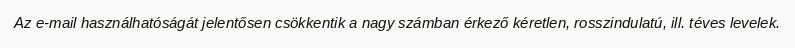
Az e-mail használhatóságát jelentősen csökkentik a nagy számban érkező kéretlen, rosszindulatú, ill. téves levelek.